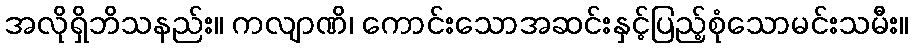
အလိုရှိဘိသနည်း။ ကလျာဏိ၊ ကောင်းသောအဆင်းနှင့်ပြည့်စုံသောမင်းသမီး။